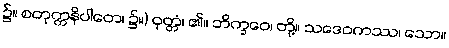
၌။ စတုက္ကနိပါတေ၊ ၌။) ဝုတ္တံ၊ ၏။ ဘိက္ခဝေ၊ တို့။ သဒေဝကဿ၊ သော။